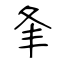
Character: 夆